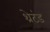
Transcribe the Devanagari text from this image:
थ्रेटंड